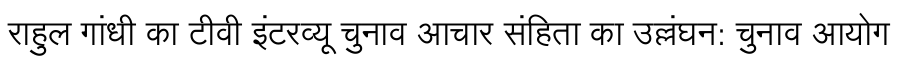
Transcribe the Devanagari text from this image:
राहुल गांधी का टीवी इंटरव्यू चुनाव आचार संहिता का उल्लंघन: चुनाव आयोग